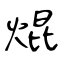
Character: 焜